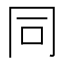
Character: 同